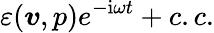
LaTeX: \varepsilon(\boldsymbol{v},p)e^{-\mathrm{i}\omega t}+c.c.